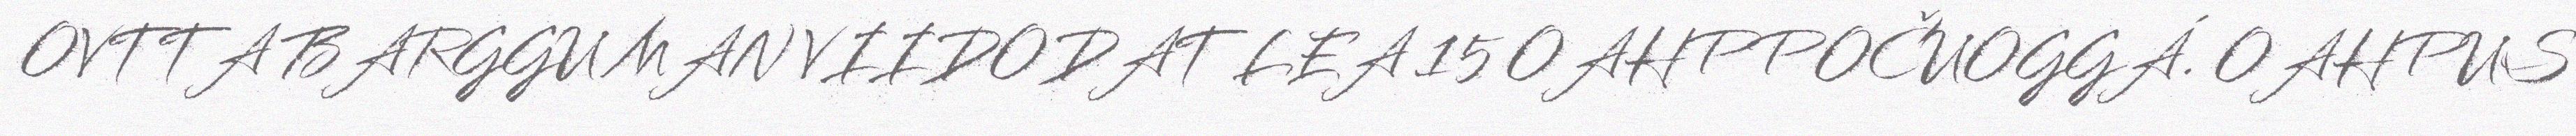
OVTTA BARGGU MAN VIIDODAT LEA 15 OAHPPOČUOGGÁ. OAHPUS